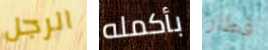
الرجل بأكمله قطار